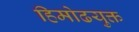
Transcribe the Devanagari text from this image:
हिमोढयुक्त